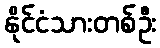
နိုင်ငံသားတစ်ဦး